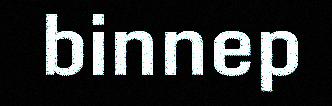
binnep